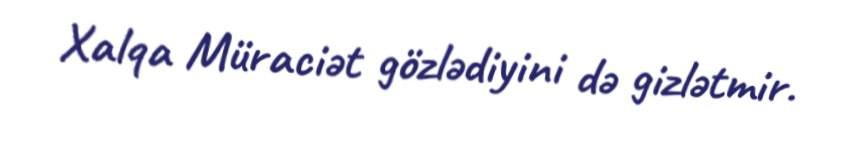
Xalqa Müraciət gözlədiyini də gizlətmir.